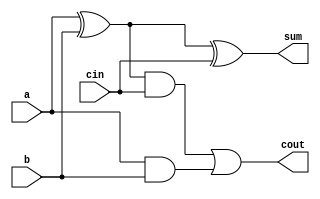
/*************************************************************
Design Name 	: 1 - Bit Full adder
File Name   	: full_adder.v
Function    	: Add two 1-Bit number
Programer     	: Mohammad Abdul Moin Oninda
Last Modified	: 26-07-2019
*************************************************************/

//Module declaration for full adder
module full_adder(	sum,
							cout,
							a,
							b,
							cin);

//Port declaration

//Output 
output sum;
output cout;

//Input
input a;
input b;
input cin;

//Reg/Wire declaration
reg sum;
reg cout;

//Instantiation

always @(a, b, cin)
	begin
		sum <= a ^ b ^ cin;
		cout <= (a ^ b) & cin | (a & b);
	end
endmodule